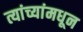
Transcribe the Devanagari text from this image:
त्यांच्यांमधून